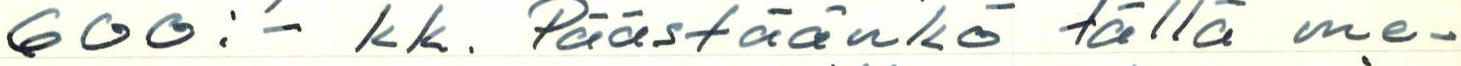
600:- kk. Päästäänkö tällä me-